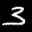
Label: 3